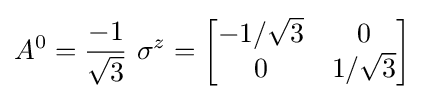
A^{0}={\frac {-1}{\sqrt {3}}}\ \sigma ^{z}={\begin{bmatrix}-1/{\sqrt {3}}&0\\0&1/{\sqrt {3}}\end{bmatrix}}